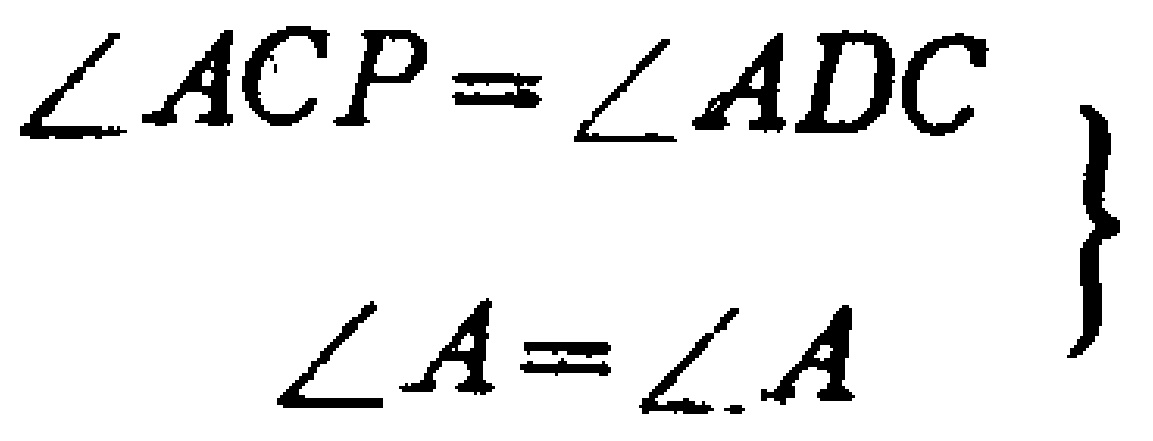
\begin{align*}

\angle ACP&=\angle ADC\\

\angle A&=\angle A

\end{align*}